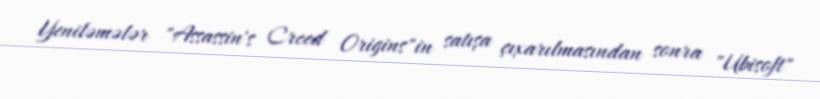
Yeniləmələr "Assassin's Creed Origins"in satışa çıxarılmasından sonra "Ubisoft"